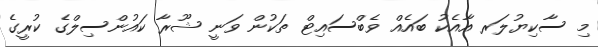
މި ސާކިޔުލަރ އާއެކު ބައެއް ވެބްސައިޓް ތަކުން ވަނީ ޝޫރާ ކައުންސިލްގެ ކުރީގެ